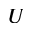
U